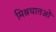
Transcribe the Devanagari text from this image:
मिश्रधातओं